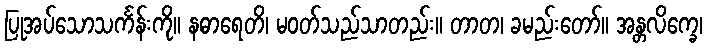
ပြုအပ်သောသင်္ကန်းကို။ နဓာရေတိ၊ မဝတ်သည်သာတည်း။ တာတ၊ ခမည်းတော်။ အန္တလိက္ခေ၊